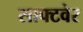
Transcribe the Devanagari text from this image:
साफ्टवेर